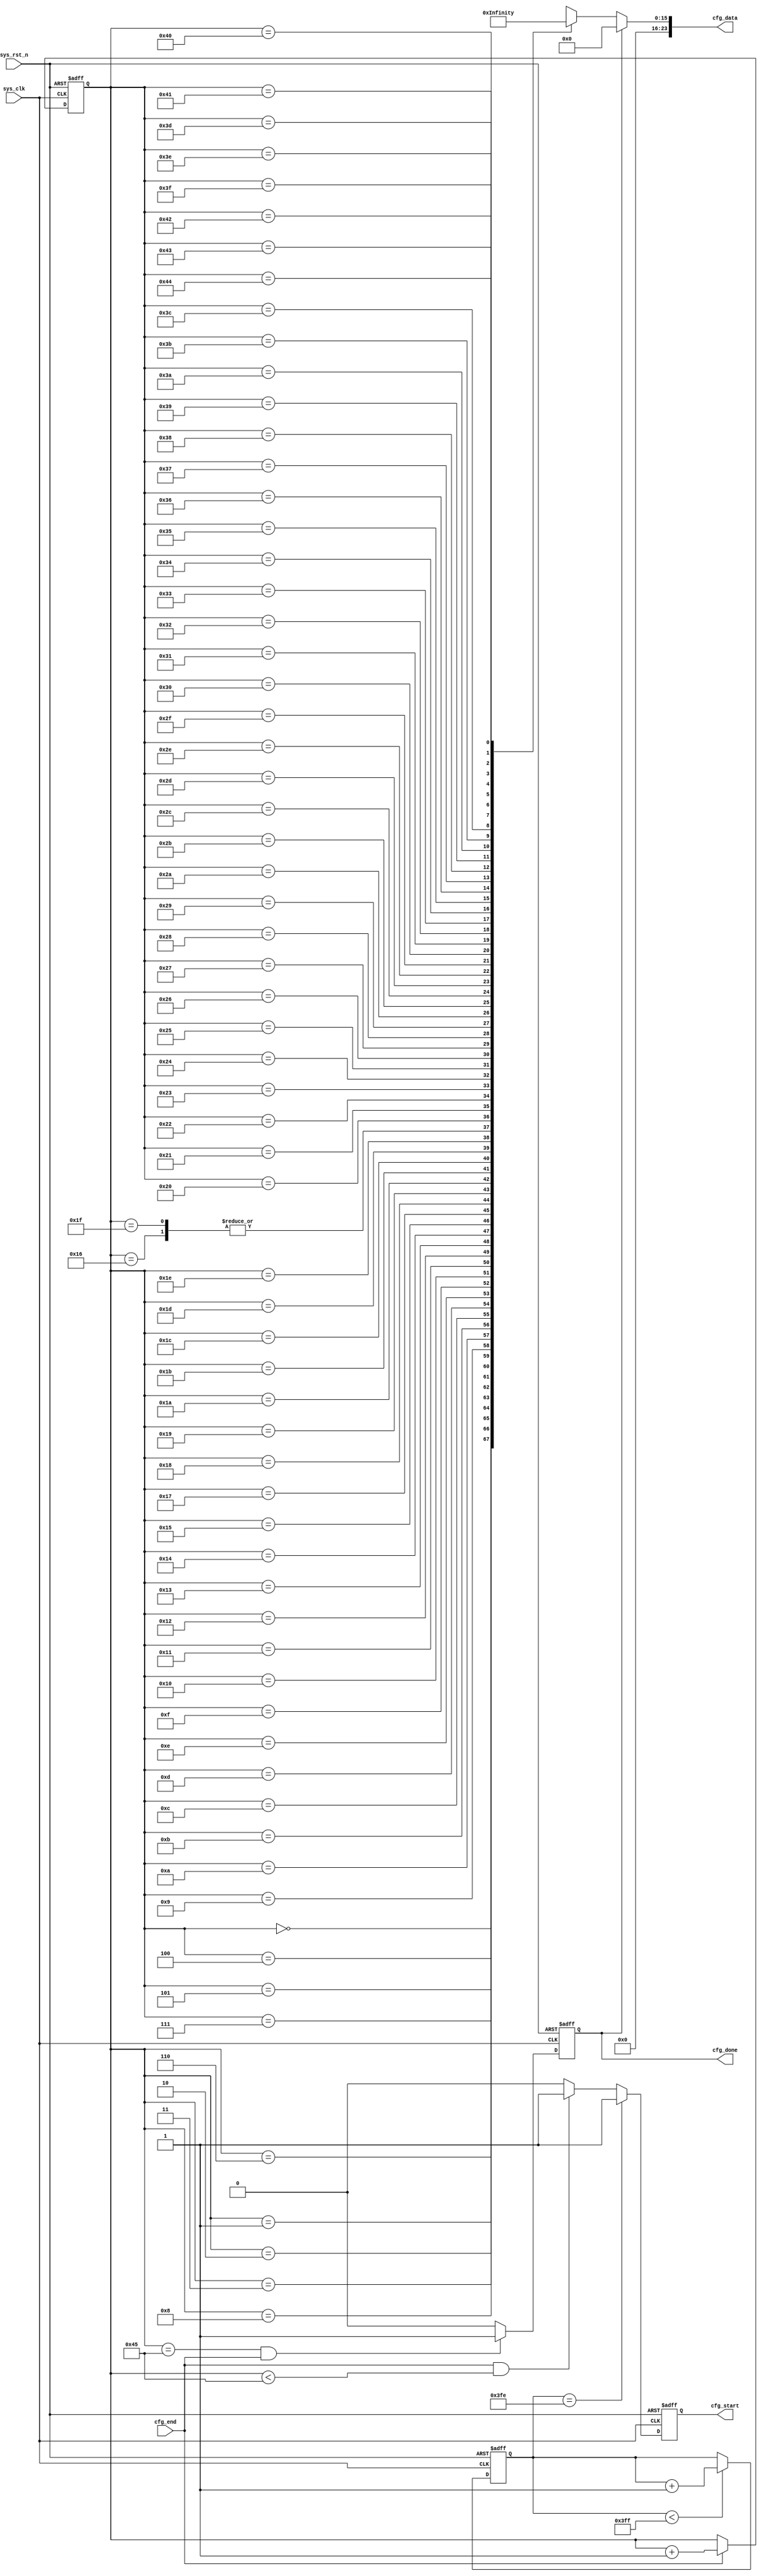
`timescale 1ns / 1ps
//////////////////////////////////////////////////////////////////////////////////
// Company: 
// Engineer: 
// 
// Design Name: 
// Module Name:    ov7725_cfg 
// Project Name: 
// Target Devices: 
// Tool versions: 
// Description: 
//
// Dependencies: 
//
// Revision: 
// Revision 0.01 - File Created
// Additional Comments: 
//
//////////////////////////////////////////////////////////////////////////////////
module ov7725_cfg
(
	input	wire			sys_clk		,//, iic 
	input	wire			sys_rst_n	,//
	input	wire			cfg_end		,//

	output	reg				cfg_done	,//
	output	reg				cfg_start	,//
	output	wire	[23:0]	cfg_data	 //+
);
	parameter	REG_NUM		=	7'd69;	 //
	parameter	CNT_MAX_WAIT=	10'd1023;//
	
	wire	[15:0]	cfg_data_reg	[REG_NUM-1:0] ;//
	
	reg		[9:0]	cnt_wait	;//
	reg		[6:0]	reg_num		;//
	
	
	always@(posedge sys_clk or negedge sys_rst_n)
		if(sys_rst_n==1'b0)
			cnt_wait <= 10'd0;
		else if(cnt_wait<CNT_MAX_WAIT)
			cnt_wait <= cnt_wait + 1'b1;
		else
			cnt_wait <= cnt_wait;
			
	always@(posedge sys_clk or negedge sys_rst_n)
		if(sys_rst_n==1'b0)
			reg_num <= 7'd0;
		else if(cfg_end==1'b1)
			reg_num <= reg_num + 1'b1;
		else
			reg_num <= reg_num ;
	
	always@(posedge sys_clk or negedge sys_rst_n)
		if(sys_rst_n==1'b0)
			cfg_start <= 1'b0;
		else if(cnt_wait== CNT_MAX_WAIT-1'b1)
			cfg_start <= 1'b1;
		else if(cfg_end==1'b1 && reg_num < REG_NUM)
			cfg_start <= 1'b1;
		else
			cfg_start <= 1'b0;

	always@(posedge sys_clk or negedge sys_rst_n)
		if(sys_rst_n==1'b0)
			cfg_done <= 1'b0;
		else if(reg_num==REG_NUM && cfg_end==1'b1)
			cfg_done <= 1'b1;
		else
			cfg_done <= 1'b0;
		
	assign cfg_data = (cfg_done==1'b1)?16'h0000:cfg_data_reg[reg_num];
	
//cfg_data_reg ID REG_ADDR REG_VAL   69
//assign cfg_data_reg[reg_num] = {, };
	assign cfg_data_reg[00] = {8'h3d, 8'h03};
	assign cfg_data_reg[01] = {8'h15, 8'h00};
	assign cfg_data_reg[02] = {8'h17, 8'h23};
	assign cfg_data_reg[03] = {8'h18, 8'ha0};
	assign cfg_data_reg[04] = {8'h19, 8'h07};
	assign cfg_data_reg[05] = {8'h1a, 8'hf0};
	assign cfg_data_reg[06] = {8'h32, 8'h00};
	assign cfg_data_reg[07] = {8'h29, 8'ha0};
	assign cfg_data_reg[08] = {8'h2a, 8'h00};
	assign cfg_data_reg[09] = {8'h2b, 8'h00};
	assign cfg_data_reg[10] = {8'h2c, 8'hf0};
	assign cfg_data_reg[11] = {8'h0d, 8'h41};
	assign cfg_data_reg[12] = {8'h11, 8'h00};
	assign cfg_data_reg[13] = {8'h12, 8'h06};
	assign cfg_data_reg[14] = {8'h0c, 8'hd0};
	assign cfg_data_reg[15] = {8'h42, 8'h7f};
	assign cfg_data_reg[16] = {8'h4d, 8'h09};
	assign cfg_data_reg[17] = {8'h63, 8'hf0};
	assign cfg_data_reg[18] = {8'h64, 8'hff};
	assign cfg_data_reg[19] = {8'h65, 8'h00};
	assign cfg_data_reg[20] = {8'h66, 8'h00};
	assign cfg_data_reg[21] = {8'h67, 8'h00};
	assign cfg_data_reg[22] = {8'h13, 8'hff};
	assign cfg_data_reg[23] = {8'h0f, 8'hc5};
	assign cfg_data_reg[24] = {8'h14, 8'h11};
	assign cfg_data_reg[25] = {8'h22, 8'h98};
	assign cfg_data_reg[26] = {8'h23, 8'h03};
	assign cfg_data_reg[27] = {8'h24, 8'h40};
	assign cfg_data_reg[28] = {8'h25, 8'h30};
	assign cfg_data_reg[29] = {8'h26, 8'ha1};
	assign cfg_data_reg[30] = {8'h6b, 8'haa};
	assign cfg_data_reg[31] = {8'h13, 8'hff};
	assign cfg_data_reg[32] = {8'h90, 8'h0a};
	assign cfg_data_reg[33] = {8'h91, 8'h01};
	assign cfg_data_reg[34] = {8'h92, 8'h01};
	assign cfg_data_reg[35] = {8'h93, 8'h01};
	assign cfg_data_reg[36] = {8'h94, 8'h5f};
	assign cfg_data_reg[37] = {8'h95, 8'h53};
	assign cfg_data_reg[38] = {8'h96, 8'h11};
	assign cfg_data_reg[39] = {8'h97, 8'h1a};
	assign cfg_data_reg[40] = {8'h98, 8'h3d};
	assign cfg_data_reg[41] = {8'h99, 8'h5a};
	assign cfg_data_reg[42] = {8'h9a, 8'h1e};
	assign cfg_data_reg[43] = {8'h9b, 8'h3f};
	assign cfg_data_reg[44] = {8'h9c, 8'h25};
	assign cfg_data_reg[45] = {8'h9e, 8'h81};
	assign cfg_data_reg[46] = {8'ha6, 8'h06};
	assign cfg_data_reg[47] = {8'ha7, 8'h65};
	assign cfg_data_reg[48] = {8'ha8, 8'h65};
	assign cfg_data_reg[49] = {8'ha9, 8'h80};
	assign cfg_data_reg[50] = {8'haa, 8'h80};
	assign cfg_data_reg[51] = {8'h7e, 8'h0c};
	assign cfg_data_reg[52] = {8'h7f, 8'h16};
	assign cfg_data_reg[53] = {8'h80, 8'h2a};
	assign cfg_data_reg[54] = {8'h81, 8'h4e};
	assign cfg_data_reg[55] = {8'h82, 8'h61};
	assign cfg_data_reg[56] = {8'h83, 8'h6f};
	assign cfg_data_reg[57] = {8'h84, 8'h7b};
	assign cfg_data_reg[58] = {8'h85, 8'h86};
	assign cfg_data_reg[59] = {8'h86, 8'h8e};
	assign cfg_data_reg[60] = {8'h87, 8'h97};
	assign cfg_data_reg[61] = {8'h88, 8'ha4};
	assign cfg_data_reg[62] = {8'h89, 8'haf};
	assign cfg_data_reg[63] = {8'h8a, 8'hc5};
	assign cfg_data_reg[64] = {8'h8b, 8'hd7};
	assign cfg_data_reg[65] = {8'h8c, 8'he8};
	assign cfg_data_reg[66] = {8'h8d, 8'h20};
	assign cfg_data_reg[67] = {8'h0e, 8'h65};
	assign cfg_data_reg[68] = {8'h09, 8'h00};
			
endmodule